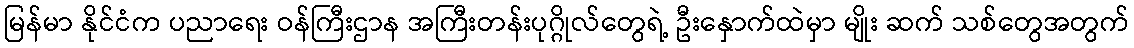
မြန်မာ နိုင်ငံက ပညာရေး ဝန်ကြီးဌာန အကြီးတန်းပုဂ္ဂိုလ်တွေရဲ့ ဦးနှောက်ထဲမှာ မျိုး ဆက် သစ်တွေအတွက်